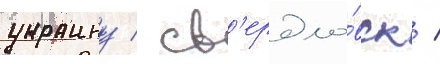
украину / св'ердло́вск /